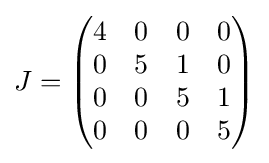
J={\begin{pmatrix}4&0&0&0\\0&5&1&0\\0&0&5&1\\0&0&0&5\end{pmatrix}}